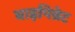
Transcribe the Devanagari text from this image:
बाइपिन्नेट